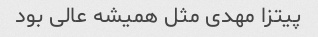
پیتزا مهدی مثل همیشه عالی بود